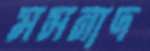
মসনাদ